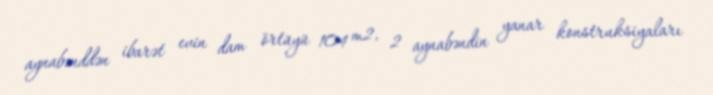
aynabənddən ibarət evin dam örtüyü 104 m2, 2 aynabəndin yanar konstruksiyaları